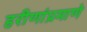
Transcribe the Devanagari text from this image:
हरीणांप्रमाणे